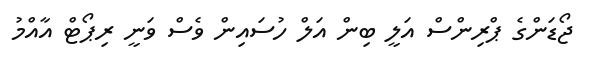
ޖޯޑަންގެ ޕްރިންސް އަލީ ބިން އަލް ހުސައިން ވެސް ވަނީ ރިޕޯޓް އާއްމު